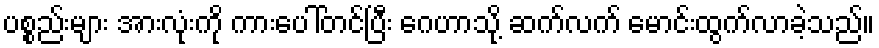
ပစ္စည်းများ အားလုံးကို ကားပေါ်တင်ပြီး ဂေဟာသို့ ဆက်လက် မောင်းထွက်လာခဲ့သည်။